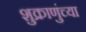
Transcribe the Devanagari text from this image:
शुक्राणुंच्या